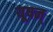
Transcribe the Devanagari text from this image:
यूषन्